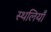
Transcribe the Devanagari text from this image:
स्थलियाँ